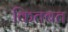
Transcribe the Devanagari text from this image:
कितबत